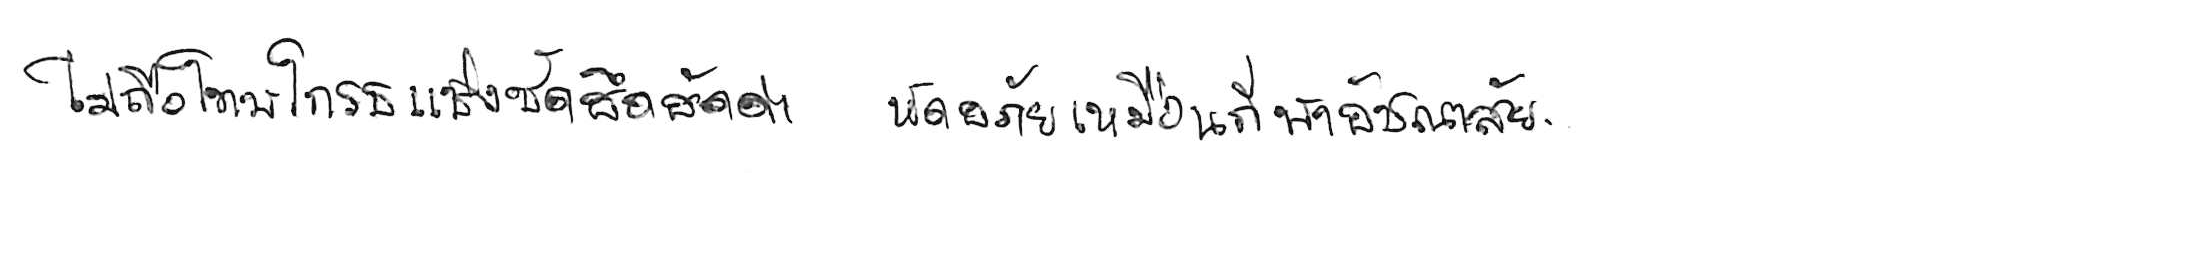
ไม่ถือโทษโกรธแช่งซัดฮึดฮัดด่า หัดอภัยเหมือนกีฬาอัชฌาสัย